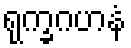
ရုက္ခဂဟနံ